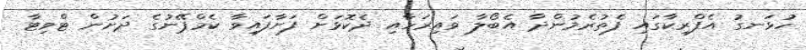
ހުޅަނގު އެފްރިކާގައި ފެތުރެމުންދާ އެބޯލާ ވައިރަހާއި ދެކޮޅަށް ފަށާފައިވާ ކެމްޕޭނުގެ ދަށުން ޓްވިޓާ